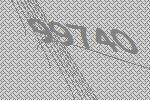
99740